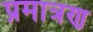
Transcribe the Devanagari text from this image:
प्रमात्रण